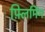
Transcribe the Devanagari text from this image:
फ़्लिमिंग